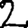
Digit: 2